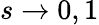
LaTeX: s\to 0,1